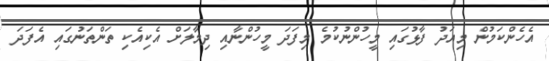
އެހެންކަމުން މިއަދު ފާޅުގައި މީހުންނުކުމެ މިފަދަ މީހުންނާއި ދިމާލަށް އެކިއެކި ތަންތަނުގައި އެފަދަ